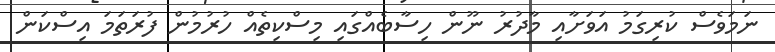
ނަމަވެސް ކުރިގަމު އަވަށާއި މާދުރު ނޫން ހިސާބެއްގައި މިސްކިތެއް ހުރުމުން ފުރަތަމަ އިސްކަން